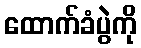
ထောက်ခံပွဲကို